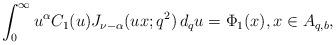
LaTeX: \begin{align*}\int_0^\infty u^\alpha C_1(u) J_{\nu-\alpha}(ux; q^2)\,d_qu = \Phi_1(x), x\in A_{q,b},\end{align*}